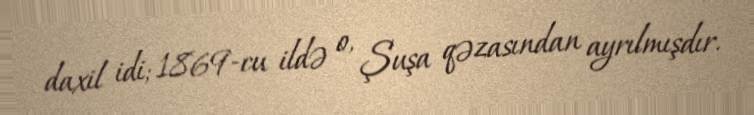
daxil idi; 1869-cu ildə o, Şuşa qəzasından ayrılmışdır.